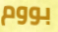
بووم